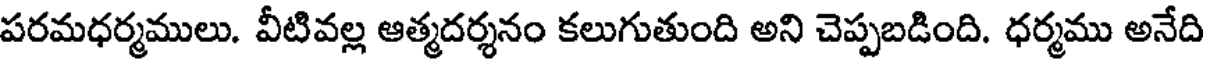
పరమధర్మములు. వీటివల్ల ఆత్మదర్శనం కలుగుతుంది అని చెప్పబడింది. ధర్మము అనేది